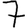
Digit: 7